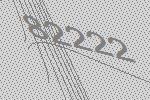
82222